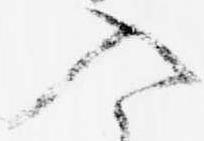
入